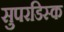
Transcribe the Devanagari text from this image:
सुपरडिस्क